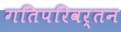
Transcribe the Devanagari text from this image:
गतिपरिवर्तन